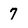
Character: 7